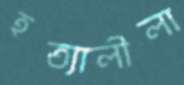
হত্যালীলা